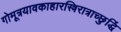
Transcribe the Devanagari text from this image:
गोमूत्रयावकाहारस्त्रिरात्राच्छुद्धिं